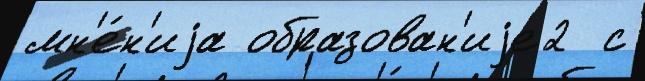
мн'е́н'иjа образован'иjе2  с